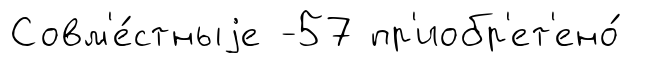
Совм'е́стныjе -57 пр'иобр'ет'ено́